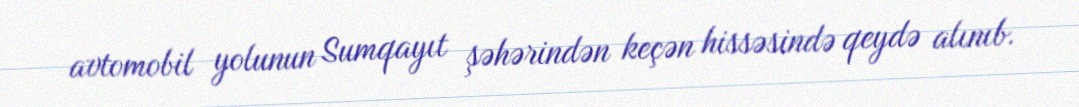
avtomobil yolunun Sumqayıt şəhərindən keçən hissəsində qeydə alınıb.